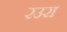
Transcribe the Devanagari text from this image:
रउरा